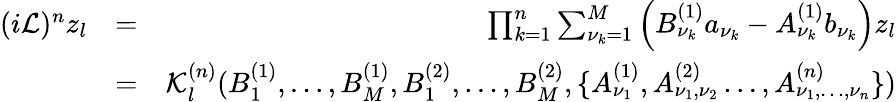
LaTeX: \begin{array}{rlr}{(i\mathcal{L})^{n}z_{l}}&{=}&{\prod_{k=1}^{n}\sum_{\nu_{k}=1}^{M}\left(B_{\nu_{k}}^{(1)}a_{\nu_{k}}-A_{\nu_{k}}^{(1)}b_{\nu_{k}}\right)z_{l}}\\ &{=}&{\mathcal{K}_{l}^{(n)}(B_{1}^{(1)},\dots,B_{M}^{(1)},B_{1}^{(2)},\dots,B_{M}^{(2)},\{ A_{\nu_{1}}^{(1)},A_{\nu_{1},\nu_{2}}^{(2)}\dots,A_{\nu_{1},\dots,\nu_{n}}^{(n)}\} )}\end{array}